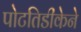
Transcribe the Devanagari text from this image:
पोटतिडीकेने